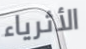
الأثرياء